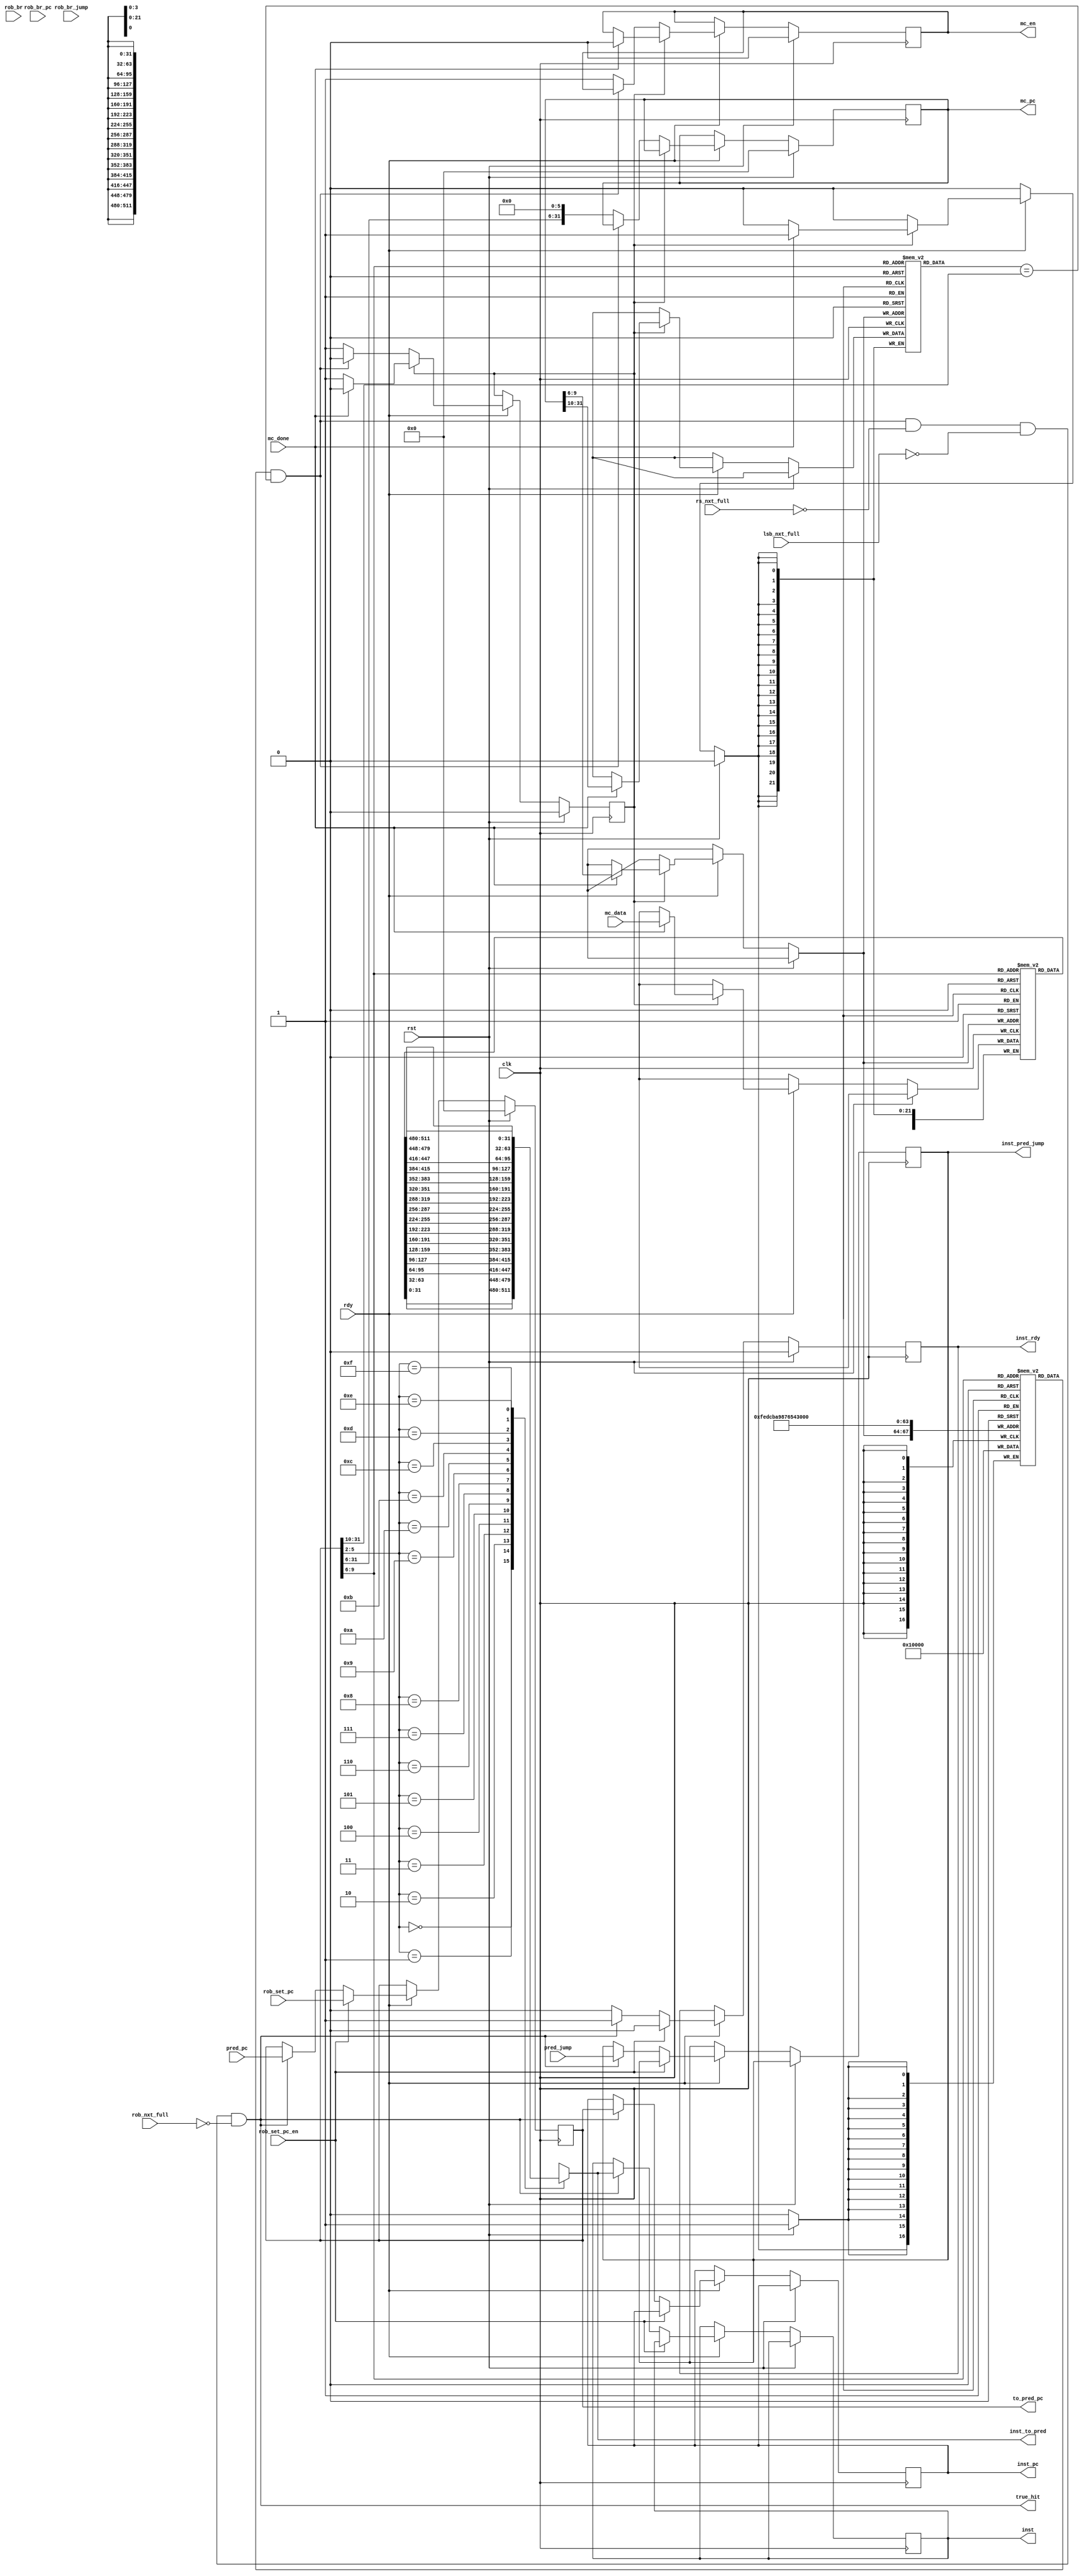
module IFetch (//with branch predictor
    input wire clk,
    input wire rst,
    input wire rdy,
    input wire rs_nxt_full,
    input wire lsb_nxt_full,
    input wire rob_nxt_full,

    input wire rob_set_pc_en,
    input wire [31:0] rob_set_pc,

    input wire rob_br,
    input wire rob_br_jump,
    input wire [31:0] rob_br_pc,

    output reg inst_rdy,
    output reg [31:0] inst,
    output reg [31:0] inst_pc,
    output reg inst_pred_jump,

    input wire mc_done,
    input wire [511:0] mc_data,
    output reg mc_en,
    output reg [31:0] mc_pc,

    output wire [31:0] inst_to_pred,
    output wire true_hit,
    output wire [31:0] to_pred_pc,

    input wire [31:0] pred_pc,
    input wire pred_jump
    
  
);


reg [31:0] pc;
reg status;

// ICache
reg valid[15:0];
reg [21:0] tag[15:0];
reg [511:0] data[15:0];



wire [3:0] pc_bs = pc[5:2];
wire [3:0] pc_index = pc[9:6];
wire [21:0] pc_tag = pc[31:10];
wire hit = valid[pc_index] && (tag[pc_index] == pc_tag);
wire [3:0] mc_pc_index = mc_pc[9:6];
wire [21:0] mc_pc_tag = mc_pc[31:10];

wire [511:0] cur_block_raw = data[pc_index];
wire [31:0] cur_block[15:0];
wire [31:0] get_inst = cur_block[pc_bs];

assign true_hit = hit && !rs_nxt_full && !lsb_nxt_full && !rob_nxt_full;
assign inst_to_pred = get_inst;
assign to_pred_pc = pc;



genvar _i;
generate
  for (_i = 0; _i < 16; _i = _i + 1) begin
    assign cur_block[_i] = cur_block_raw[_i*32+31:_i*32];
  end
endgenerate

integer i;
always @(posedge clk)begin
  if (rst) begin
    pc <= 32'h0;
    mc_pc <= 32'h0;
    mc_en <= 0;
    inst_rdy <= 0;
    status <= 0;
    for (i = 0; i < 16; i = i + 1) begin
      valid[i] <= 0;
    end
  end else if (!rdy) begin
    ;
  end else begin
    if (!rob_set_pc_en) begin
      if (hit && !rs_nxt_full && !lsb_nxt_full && !rob_nxt_full) begin
        inst_rdy <= 1;
        inst <= get_inst;
        pc <= pred_pc;
        inst_pc <= pc;
        inst_pred_jump <= pred_jump;
      end else begin
        inst_rdy <= 0;
      end
      
    end else begin
      inst_rdy <= 0;
      pc <= rob_set_pc;
    end
    if (status == 1) begin
      if (mc_done) begin
        mc_en <= 0;
        status <= 0;
        valid[mc_pc_index] <= 1;
        tag[mc_pc_index] <= mc_pc_tag;
        data[mc_pc_index] <= mc_data;
        
      end
      
    end else begin
      if (!hit) begin
        mc_en <= 1;
        mc_pc <= {pc[31:6], 6'b0};
        status <= 1;
      end
    end

  end

end





endmodule